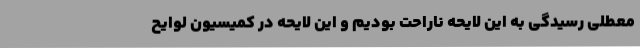
معطلی رسیدگی به این لایحه ناراحت بودیم و این لایحه در کمیسیون لوایح